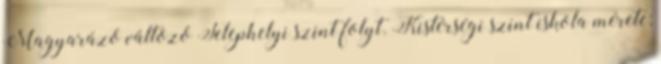
Magyarázó változó Telephelyi szint folyt. Kistérségi szint iskola mérete;